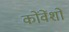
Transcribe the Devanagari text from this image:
कोंवेंशों